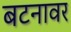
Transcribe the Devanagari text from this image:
बटनावर